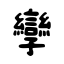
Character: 孿